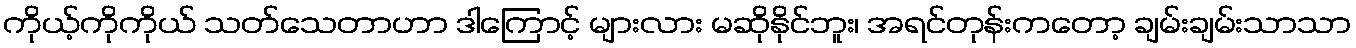
ကိုယ့်ကိုကိုယ် သတ်သေတာဟာ ဒါကြောင့် များလား မဆိုနိုင်ဘူး၊ အရင်တုန်းကတော့ ချမ်းချမ်းသာသာ